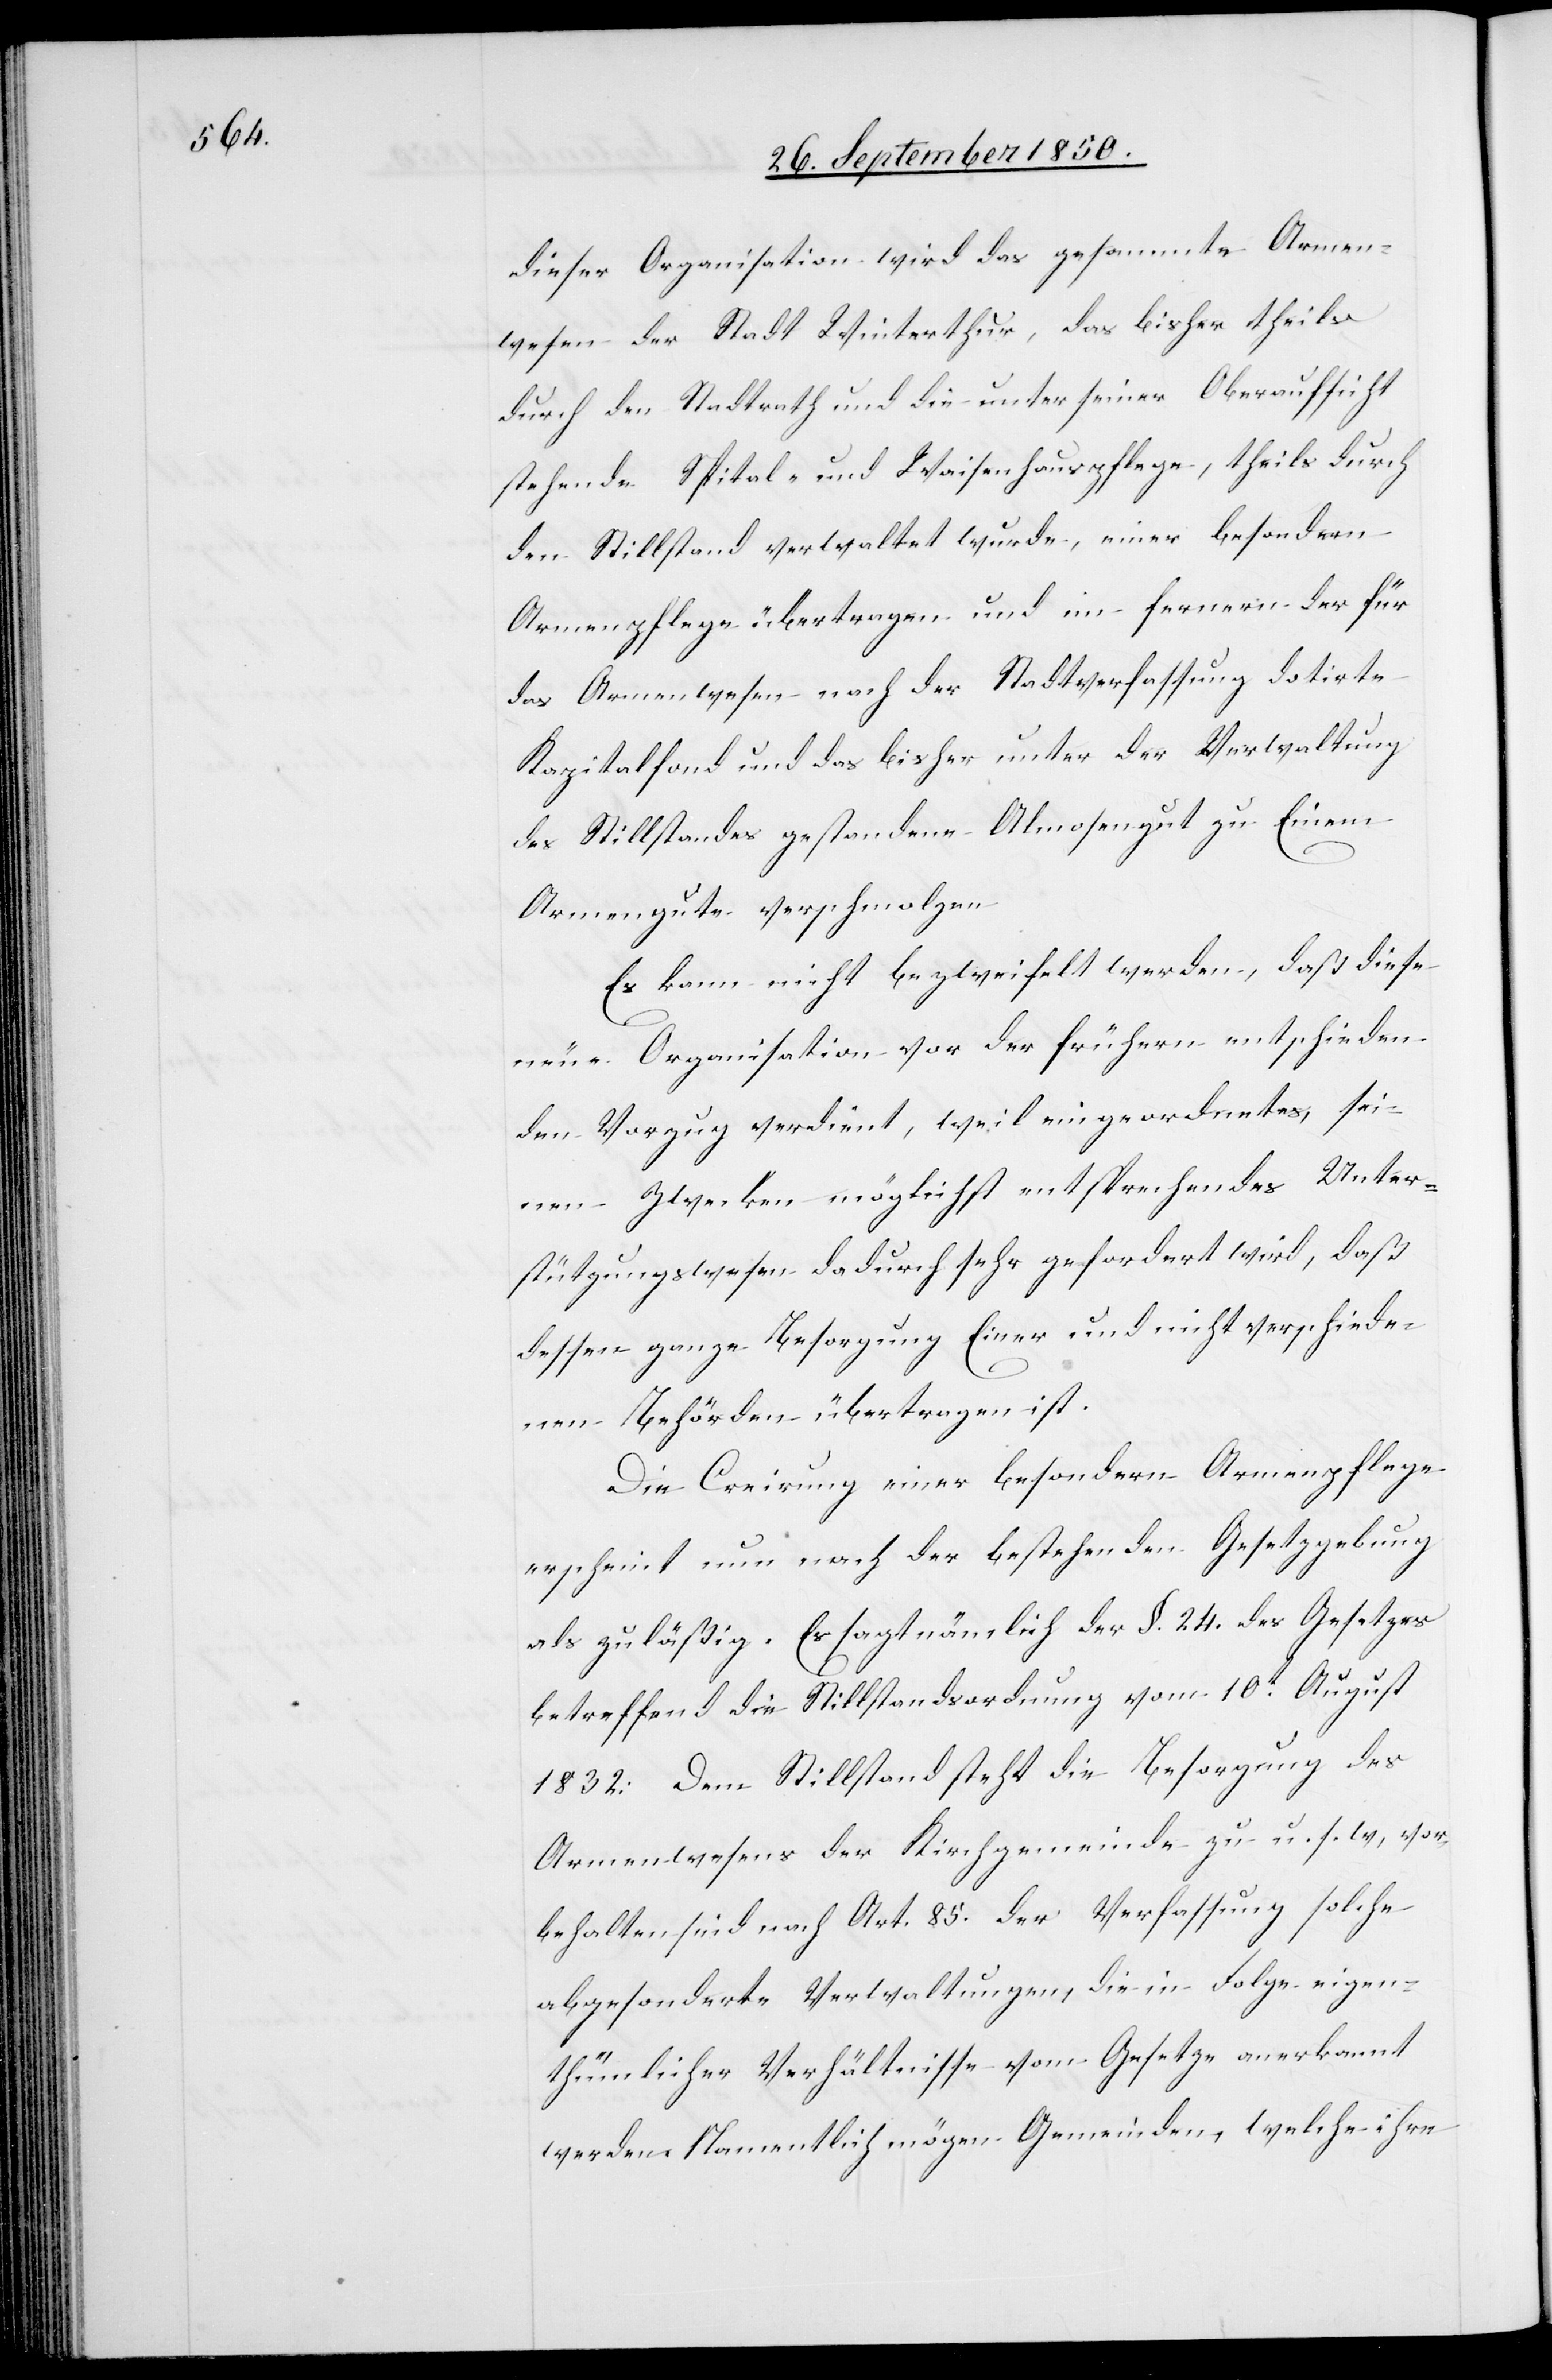
dieser Organisation wird das gesammte Armen¬
wesen der Stadt Winterthur, das bisher theils
durch den Stadtrath und die unter seiner Oberaufsicht
stehende Spital- und Waisenhauspflege, theils durch
den Stillstand verwaltet wurde, einer besondern
Armenpflege übertragen und im fernern der für
das Armenwesen nach der Stadtverfassung dotirte
Kapitalfond und das bisher unter der Verwaltung
des Stillstandes gestandene Almosengut zu Einem
Armengute verschmolzen[.]
Es kann nicht bezweifelt werden, daß diese
neue Organisation vor der frühern entschieden
den Vorzug verdient, weil ein geordnetes, sei¬
nen Zwecken möglichst entsprechendes Unter¬
stützungswesen dadurch sehr gefordert wird, daß
dessen ganze Besorgung Einer und nicht verschiede¬
nen Behörden übertragen ist.
Die Creirung einer besondern Armenpflege
erscheint nun nach der bestehenden Gesetzgebung
als zuläßig. Es sagt nämlich der §. 24. des Gesetzes
betreffend die Stillstandsordnung vom 10t August
1832: Dem Stillstand steht die Besorgung des
Armenwesens der Kirchgemeinde zu u. s. w, vor¬
behalten sind nach Art. 85. der Verfassung solche
abgesonderte Verwaltungen, die in Folge eigen¬
thümlicher Verhältnisse vom Gesetze anerkannt
werden. Namentlich mögen Gemeinden, welche ihre